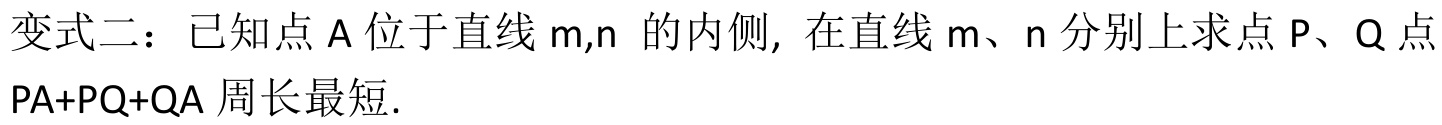
变式二：已知点\(A\)位于直线\(m,n\) 的内侧, 在直线\(m、n\)分别上求点\(P、Q\)点\(PA + PQ+QA\)周长最短.